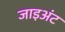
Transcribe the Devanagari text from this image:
जाइअंट